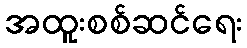
အထူးစစ်ဆင်ရေး